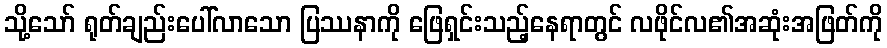
သို့သော် ရုတ်ချည်းပေါ်လာသော ပြဿနာကို ဖြေရှင်းသည့်နေရာတွင် လဖိုင်လ၏အဆုံးအဖြတ်ကို